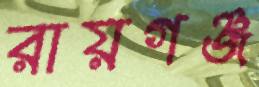
রায়গঞ্জ